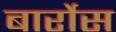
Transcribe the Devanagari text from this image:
बार्रोस